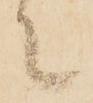
々